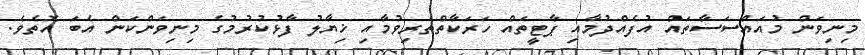
މިނިވަން މުއައްސަސާތައް އުފެއްދުމާއި ޕާޓީތައް ހަރަކާތްތެރިވުމާއި ޚިޔާލު ފާޅުކުރުމުގެ މިނިވަންކަން އެބަ އޮތެވެ.